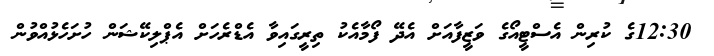
12:30ގެ ކުރިން އެސްޓީއޯގެ ވަޒީފާއަށް އެދޭ ފޯމާއެކު ތިރީގައިވާ އެޑްރެހަށް އެޕްލިކޭޝަން ހުށަހެޅުއްވުން